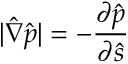
| \hat { \nabla } \hat { p } | = - \frac { \partial \hat { p } } { \partial \hat { s } }